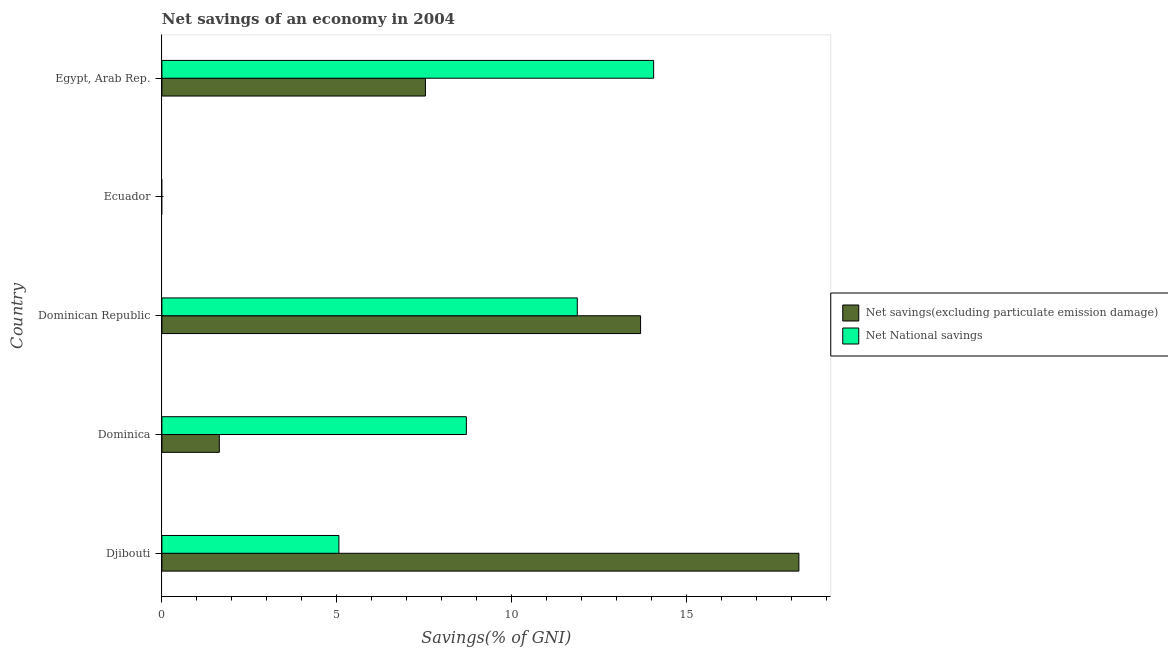
| Country | Net savings(excluding particulate emission damage) | Net National savings |
 | --- | --- | --- |
 | Djibouti | 18.2 | 5.06 |
 | Dominica | 1.64 | 8.71 |
 | Dominican Republic | 13.7 | 11.9 |
 | Ecuador | -0.59 | -3.05 |
 | Egypt, Arab Rep. | 7.54 | 14.1 |